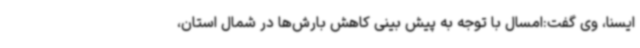
ایسنا، وی گفت:امسال با توجه به پیش بینی کاهش بارش‌ها در شمال استان،